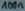
Text: 100n